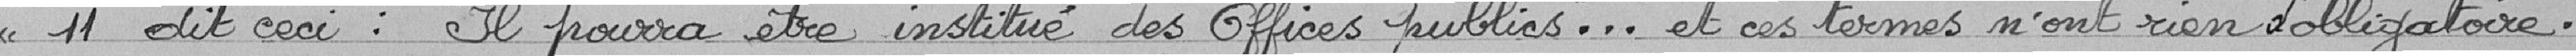
"11, dit ceci: "Il pourra être institué des offices publics" ... et ces termes n'ont rien d'obligatoire.